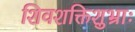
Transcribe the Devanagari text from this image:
शिवशक्तिशुभ्राः